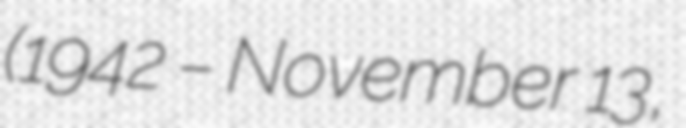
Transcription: (1942 – November 13,